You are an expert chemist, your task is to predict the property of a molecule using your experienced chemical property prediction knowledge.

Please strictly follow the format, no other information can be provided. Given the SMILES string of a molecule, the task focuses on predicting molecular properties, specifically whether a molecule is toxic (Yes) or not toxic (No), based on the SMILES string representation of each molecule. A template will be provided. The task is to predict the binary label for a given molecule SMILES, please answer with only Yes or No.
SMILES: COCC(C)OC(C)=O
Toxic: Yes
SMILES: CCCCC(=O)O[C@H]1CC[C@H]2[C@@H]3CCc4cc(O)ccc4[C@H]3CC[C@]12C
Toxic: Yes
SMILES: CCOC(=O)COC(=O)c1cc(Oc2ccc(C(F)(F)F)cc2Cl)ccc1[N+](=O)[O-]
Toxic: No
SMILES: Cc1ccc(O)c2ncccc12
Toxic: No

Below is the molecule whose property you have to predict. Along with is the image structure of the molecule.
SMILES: NC(=O)[C@@H]1CCCN1C(=O)[C@H](Cc1cnc[nH]1)NC(=O)[C@@H]1CCC(=O)N1
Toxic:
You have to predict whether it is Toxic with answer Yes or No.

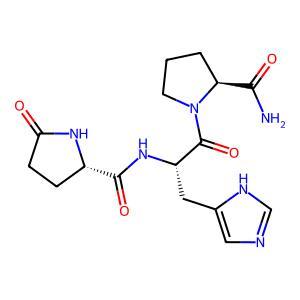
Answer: No